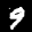
Label: 9